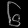
Digit: ၆